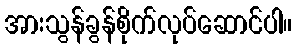
အားသွန်ခွန်စိုက်လုပ်ဆောင်ပါ။